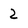
Character: 2